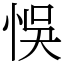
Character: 悞